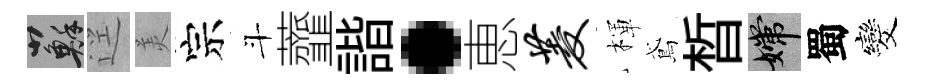
蘇逕羙宗斗虀諧·恵菱楎鳶晳嫦蜀发